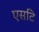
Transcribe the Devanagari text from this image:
एसटि